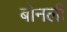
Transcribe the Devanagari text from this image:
बोनली